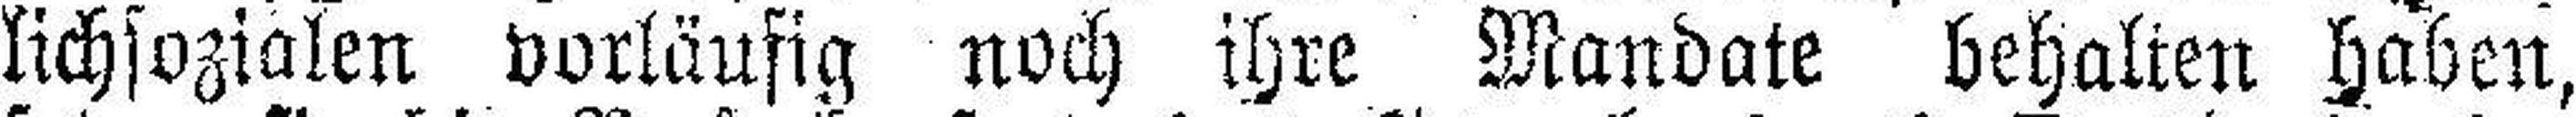
lichsozialen vorläufig noch ihre Mandate behalten haben,